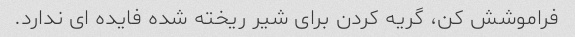
فراموشش کن، گریه کردن برای شیر ریخته شده فایده ای ندارد.